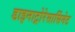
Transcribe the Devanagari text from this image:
डाइनाट्रोरेसार्सिनेट